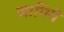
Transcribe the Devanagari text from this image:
जागिये